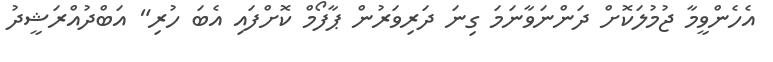
އެހެންވީމާ ޖުމުލަކޮށް ދަންނަވާނަމަ ގިނަ ދަރިވަރުން ޕާފޯމް ކޮށްފައި އެބަ ހުރި" އަބްދުއްރަޝީދު